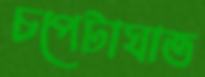
চপেটাঘাত